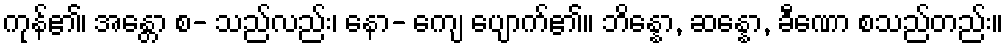
ကုန်၏၊ အန္တော စ- သည်လည်း၊ နော- ကျေ ပျောက်၏။ ဘိန္နော, ဆန္နော, ခီဏော စသည်တည်း။